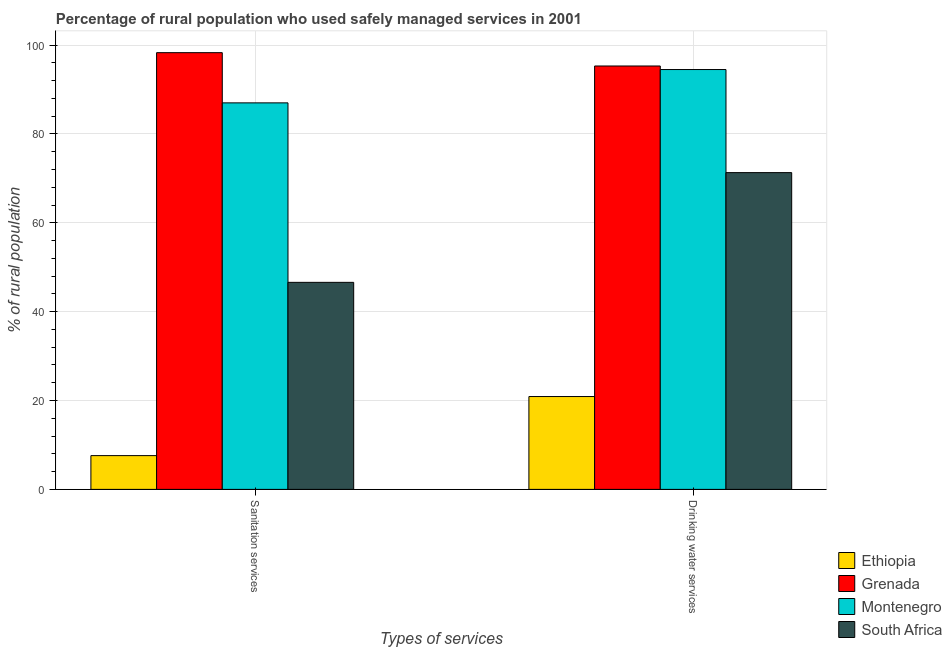
| Types of services | Ethiopia | Grenada | Montenegro | South Africa |
 | --- | --- | --- | --- | --- |
 | Sanitation services | 7.6 | 98.3 | 87 | 46.6 |
 | Drinking water services | 20.9 | 95.3 | 94.5 | 71.3 |